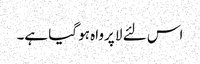
اس لئے لا پرواہ ہو گیا ہے۔